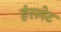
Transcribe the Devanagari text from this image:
हंस्लेट